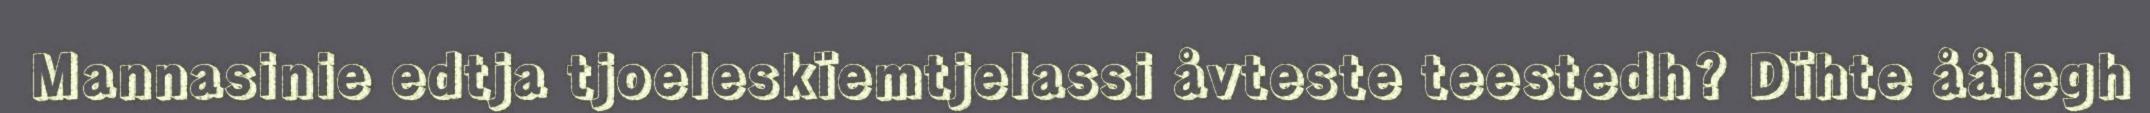
Mannasinie edtja tjoeleskïemtjelassi åvteste teestedh? Dïhte åålegh